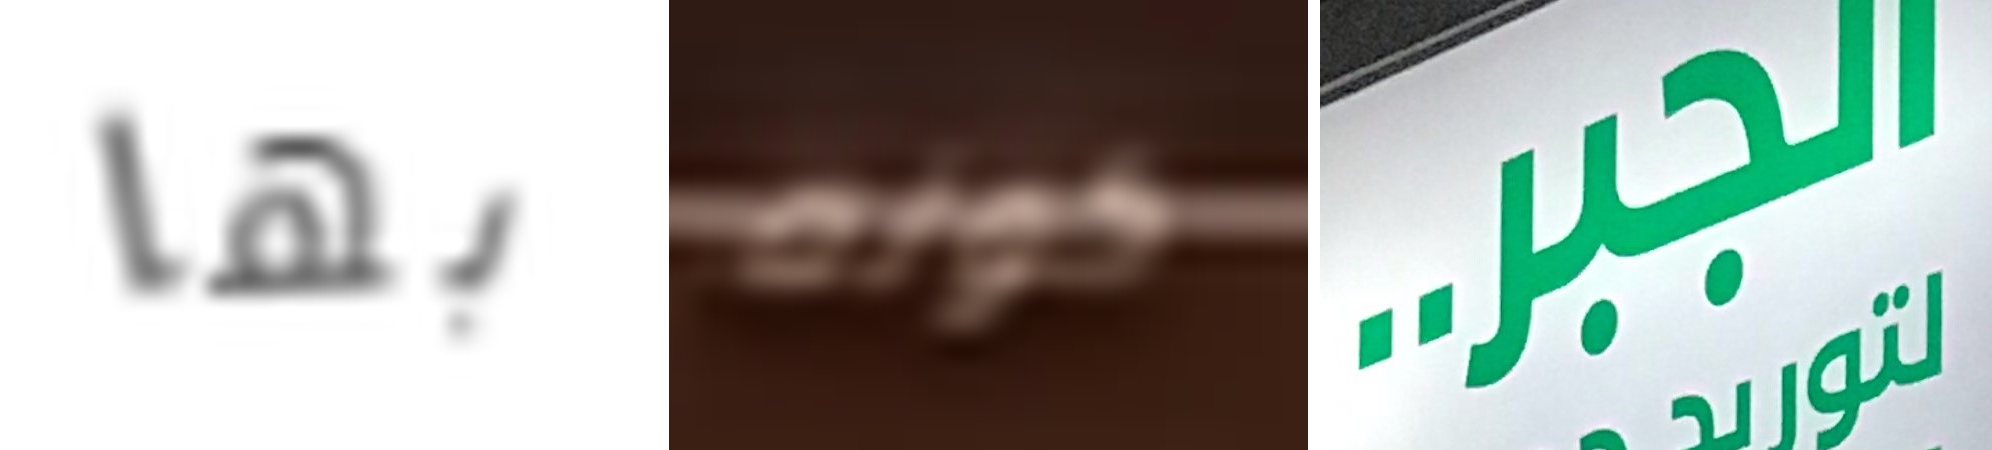
بها كونه الجبر..